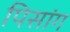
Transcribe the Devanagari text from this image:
पिसांग